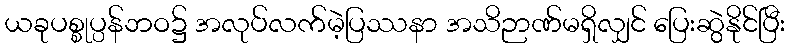
ယခုပစ္စုပ္ပန်ဘဝ၌ အလုပ်လက်မဲ့ပြဿနာ အသိဉာဏ်မရှိလျှင် ပြေးဆွဲနိုင်ပြီး